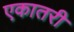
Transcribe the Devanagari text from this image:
एकातरी